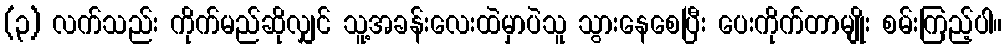
(၃) လက်သည်း ကိုက်မည်ဆိုလျှင် သူ့အခန်းလေးထဲမှာပဲသူ သွားနေစေပြီး ပေးကိုက်တာမျိုး စမ်းကြည့်ပါ။